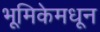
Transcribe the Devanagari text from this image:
भूमिकेमधून